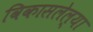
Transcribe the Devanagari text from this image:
विकासलेल्या